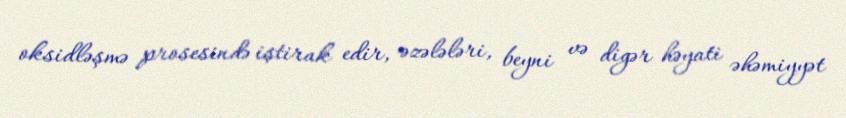
oksidləşmə prosesində iştirak edir, əzələləri, beyni və digər həyati əhəmiyyət